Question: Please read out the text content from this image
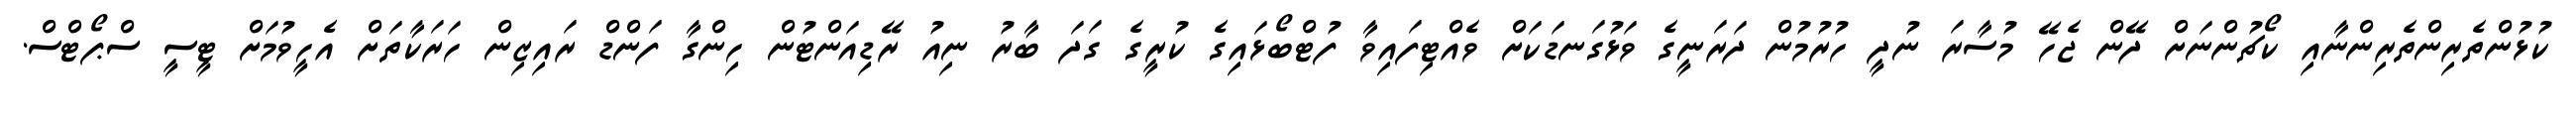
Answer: ކުޅުންތެރިންތެރިންނާއި ކޯޗުންނަށް ދޭން ޖެހޭ މުސާރަ ނުދީ ހުރުމުން ދަރަނީގެ ވަޅުގަނޑަކަށް ވެއްޓިފައިވާ ފުޓްބޯޅައިގެ ކުރީގެ ގަދަ ބާރު ނިއު ރޭޑިއަންޓުން ހިންގާ ފަންޑް ރައިޒިން ހަރަކާތަށް އެހީވުމަށް ޓީސީ ސްޕޯޓްސް.